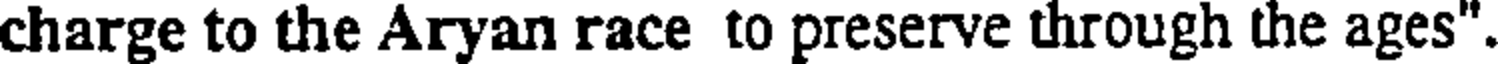
charge to the Aryan race to preserve through the ages".